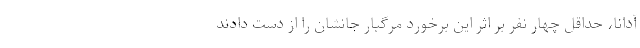
آدانا، حداقل چهار نفر بر اثر این برخورد مرگبار جانشان را از دست دادند